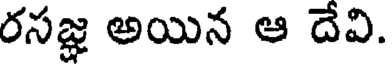
రసజ్ఞ అయిన ఆ దేవి.